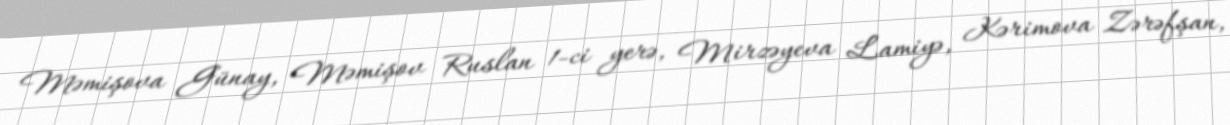
Məmişova Günay, Məmişov Ruslan 1-ci yerə, Mirzəyeva Lamiyə, Kərimova Zərəfşan,